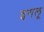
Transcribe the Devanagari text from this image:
इगलू